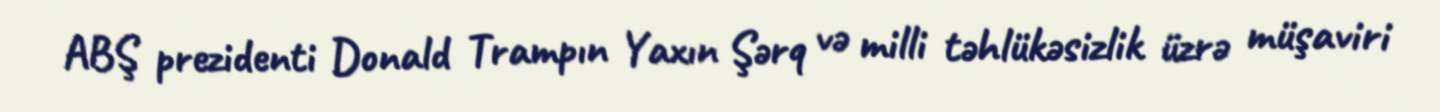
ABŞ prezidenti Donald Trampın Yaxın Şərq və milli təhlükəsizlik üzrə müşaviri